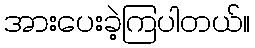
အားပေးခဲ့ကြပါတယ်။